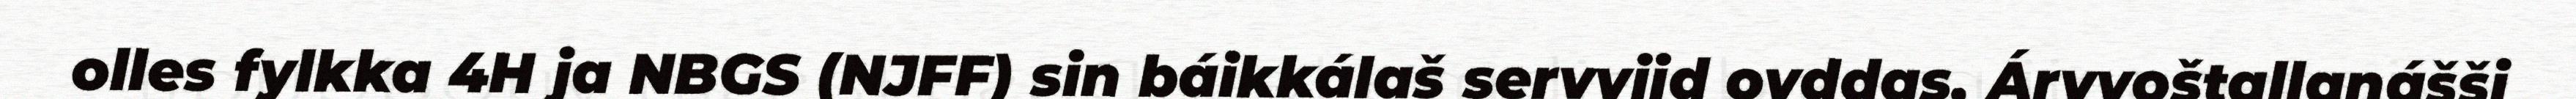
olles fylkka 4H ja NBGS (NJFF) sin báikkálaš servviid ovddas. Árvvoštallanášši